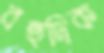
বহুদিক